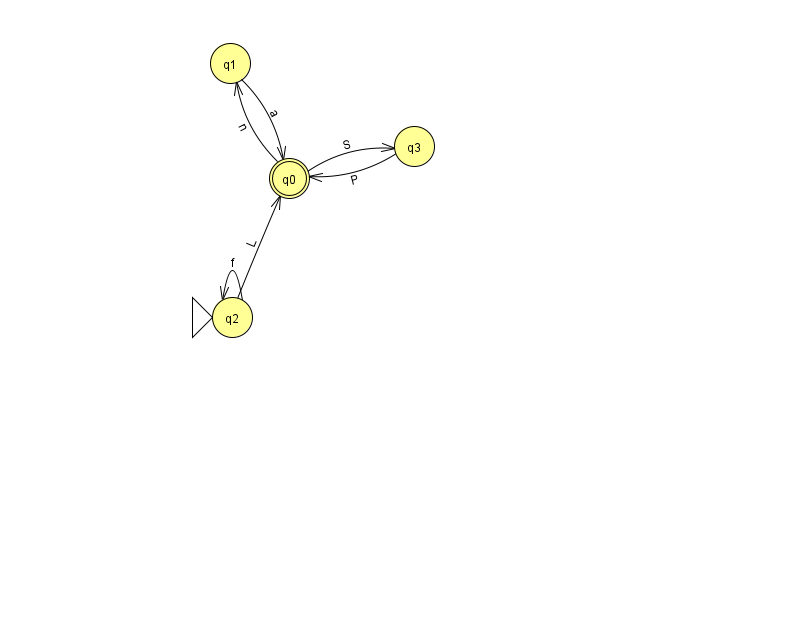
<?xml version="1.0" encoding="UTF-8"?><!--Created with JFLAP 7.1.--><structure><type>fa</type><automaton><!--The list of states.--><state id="0" name="q0"><x>289.0</x><y>165.0</y><final/></state><state id="1" name="q1"><x>230.0</x><y>50.0</y></state><state id="2" name="q2"><x>232.0</x><y>304.0</y><initial/></state><state id="3" name="q3"><x>414.0</x><y>133.0</y></state><!--The list of transitions.--><transition><from>1</from><to>0</to><read>a</read></transition><transition><from>2</from><to>2</to><read>f</read></transition><transition><from>2</from><to>0</to><read>L</read></transition><transition><from>3</from><to>0</to><read>P</read></transition><transition><from>0</from><to>3</to><read>S</read></transition><transition><from>0</from><to>1</to><read>n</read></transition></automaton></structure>